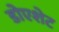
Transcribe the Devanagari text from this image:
डोएशेट